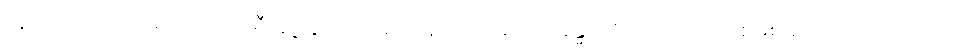
လူတစ်ယောက်မှာ ကယ်လိုရီ ချို့ယွင်းလိုအပ်နေတယ် ဆိုရင် ခန္ဓာကိုယ်က ဒါဟာ စွမ်းအင်ပြတ်လပ်တာလို့